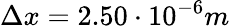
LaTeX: \Delta x=2.50\cdot 10^{-6}m